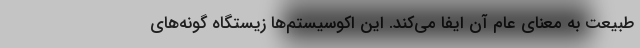
طبیعت به معنای عام آن ایفا می‌کند. این اکوسیستم‌ها زیستگاه گونه‌های